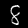
Label: 8